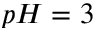
p H = 3